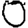
Digit: 0